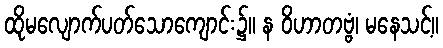
ထိုမလျောက်ပတ်သောကျောင်း၌။ န ဝိဟာတဗ္ဗံ၊ မနေသင့်။